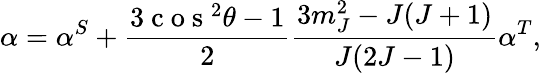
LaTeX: \alpha=\alpha^{S}+\frac{3\mathrm{~c~o~s~}^{2}\theta-1}{2}\frac{3m_{J}^{2}-J(J+1)}{J(2J-1)}\alpha^{T},